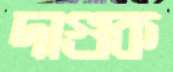
দাগুক